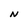
Character: N